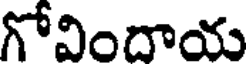
గోవిందాయ